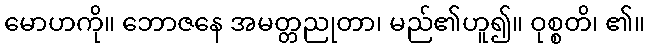
မောဟကို။ ဘောဇနေ အမတ္တညုတာ၊ မည်၏ဟူ၍။ ဝုစ္စတိ၊ ၏။